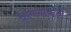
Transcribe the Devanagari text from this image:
सामगायकों